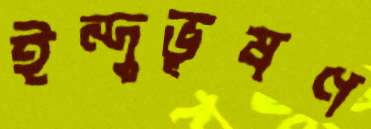
ইন্দুভূষণ